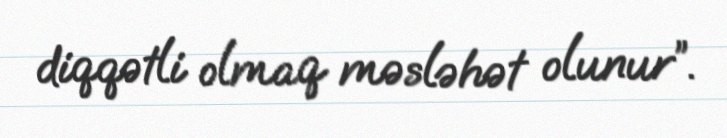
diqqətli olmaq məsləhət olunur”.